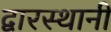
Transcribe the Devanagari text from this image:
द्वारस्थानी